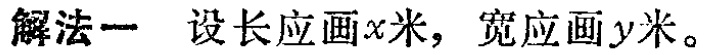
解法一 设长应画\(x\)米，宽应画\(y\)米。